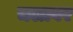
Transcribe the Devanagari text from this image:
चलावर